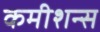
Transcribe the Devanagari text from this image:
कमीशन्स